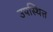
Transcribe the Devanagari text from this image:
उपस्थित्त